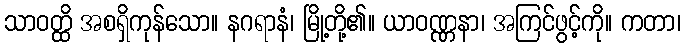
သာဝတ္ထိ အစရှိကုန်သော။ နဂရာနံ၊ မြို့တို့၏။ ယာဝဏ္ဏနာ၊ အကြင်ဖွင့်ကို။ ကတာ၊